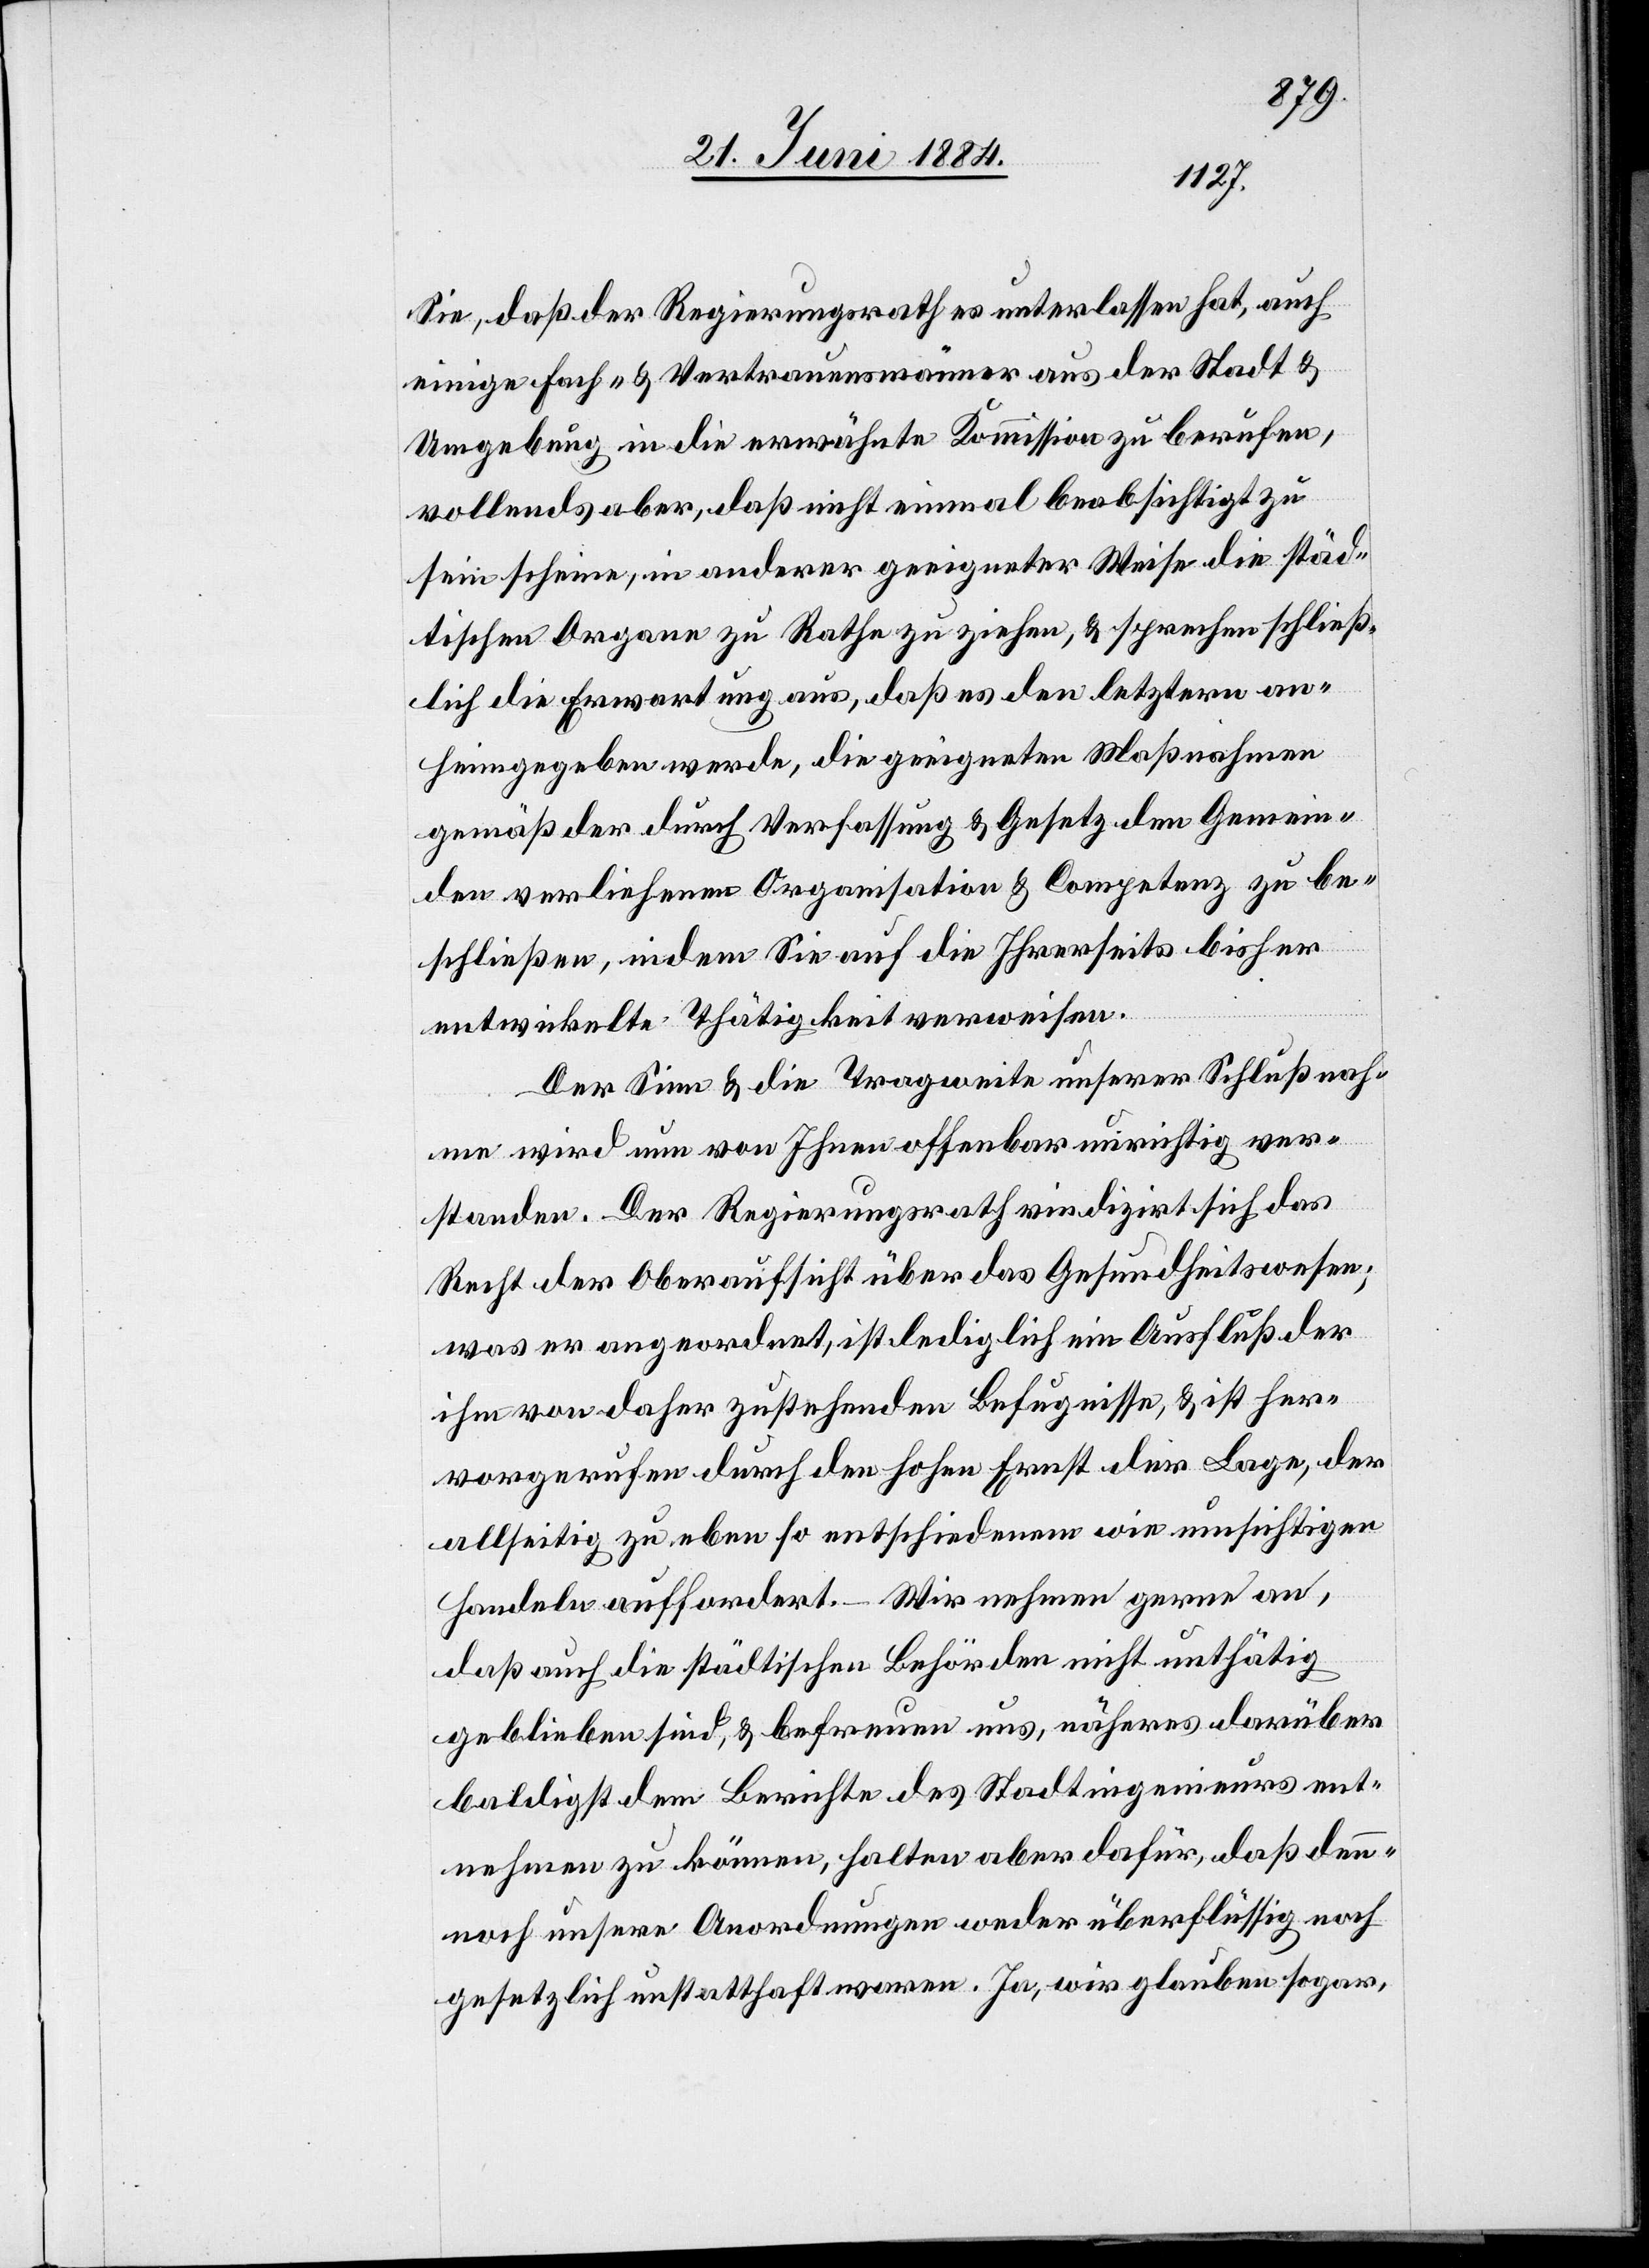
Sie, daß der Regierungsrath es unterlassen hat, auch
einige Fach- & Vertrauensmänner aus der Stadt &
Umgebung in die erwähnte Kommission zu berufen,
vollends aber, daß nicht einmal beabsichtigt zu
sein scheine, in anderer geeigneter Weise die städ¬
tischen Organe zu Rathe zu ziehen, & sprechen schließ¬
lich die Erwartung aus, daß es den letztern an¬
heim gegeben werde, die geeigneten Maßnahmen
gemäß der durch Verfassung & Gesetz den Gemein¬
den verliehenen Organisation & Competenz zu be¬
schließen, indem Sie auf die Ihrerseits bisher
entwickelte Thätigkeit verweisen.
Der Sinn & die Tragweite unserer Schlußnah¬
me wird [sic!] nun von Ihnen offenbar unrichtig ver¬
standen. Der Regierungsrath vindizirt sich das
Recht der Oberaufsicht über das Gesundheitswesen;
was er angeordnet, ist lediglich ein Ausfluß der
ihm von daher zustehenden Befugnisse, & ist her¬
vorgerufen durch den hohen Ernst der Lage, der
allseitig zu eben so entschiedenem wie umsichtigen
Handeln auffordert. – Wir nehmen gerne an,
daß auch die städtischen Behörden nicht unthätig
geblieben sind, & befreuen uns, näheres darüber
baldigst dem Berichte des Stadtingenieurs ent¬
nehmen zu können, halten aber dafür, daß den¬
noch unsere Anordnungen weder überflüssig noch
gesetzlich unstatthaft waren. Ja, wir glauben sogar,